Indian journal of veterinary science and animal husbandry - Volume 9,
Year: 1939
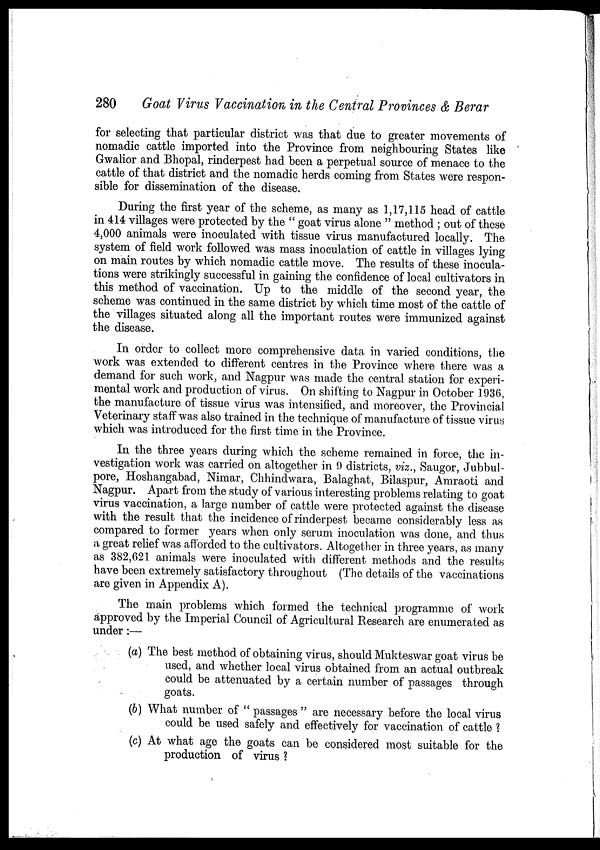
280
Goat Virus Vaccination in the Central Provinces & Berar
for selecting that particular district was that due to greater movements of
nomadic cattle imported into the Province from neighbouring States like
Gwalior and Bhopal, rinderpest had been a perpetual source of menace to the
cattle of that district and the nomadic herds coming from States were respon-
sible for dissemination of the disease.
During the first year of the scheme, as many as 1,17,115 head of cattle
in 414 villages were protected by the " goat virus alone " method ; out of these
4,000 animals were inoculated with tissue virus manufactured locally. The
system of field work followed was mass inoculation of cattle in villages lying
on main routes by which nomadic cattle move. The results of these inocula-
tions were strikingly successful in gaining the confidence of local cultivators in
this method of vaccination. Up to the middle of the second year, the
scheme was continued in the same district by which time most of the cattle of
the villages situated along all the important routes were immunized against
the disease.
In order to collect more comprehensive data in varied conditions, the
work was extended to different centres in the Province where there was a
demand for such work, and Nagpur was made the central station for experi-
mental work and production of virus. On shifting to Nagpur in October 1936,
the manufacture of tissue virus was intensified, and moreover, the Provincial
Veterinary staff was also trained in the technique of manufacture of tissue virus
which was introduced for the first time in the Province.
In the three years during which the scheme remained in force, the in-
vestigation work was carried on altogether in 9 districts, viz., Saugor, Jubbul¬
pore, Hoshangabad, Nimar, Chhindwara, Balaghat, Bilaspur, Amraoti and
Nagpur. Apart from the study of various interesting problems relating to goat
virus vaccination, a large number of cattle were protected against the disease
with the result that the incidence of rinderpest became considerably less as
compared to former years when only serum inoculation was done, and thus
a great relief was afforded to the cultivators. Altogether in three years, as many
as 382,621 animals were inoculated with different methods and the results
have been extremely satisfactory throughout (The details of the vaccinations
are given in Appendix A).
The main problems which formed the technical programme of work
approved by the Imperial Council of Agricultural Research are enumerated as
under:—
(a) The best method of obtaining virus, should Mukteswar goat virus be
used, and whether local virus obtained from an actual outbreak
could be attenuated by a certain number of passages through
goats.
(b) What number of " passages " are necessary before the local virus
could be used safely and effectively for vaccination of cattle ?
(c) At what age the goats can be considered most suitable for the
production of virus ?